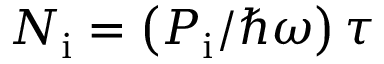
N _ { \mathrm { i } } = \left( P _ { \mathrm { i } } / \hbar \omega \right) \tau